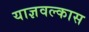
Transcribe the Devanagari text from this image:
याज्ञवल्कास